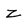
Character: Z